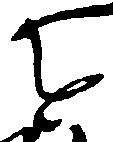
を